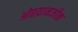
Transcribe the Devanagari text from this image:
ओढय़ानजीक